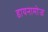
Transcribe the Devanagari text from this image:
डायनामोज